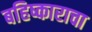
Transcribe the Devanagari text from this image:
बहिष्काराचा